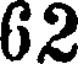
62